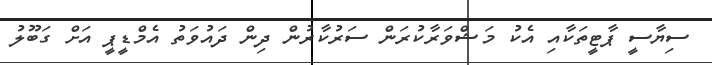
ސިޔާސީ ޕާޓީތަކާއި އެކު މަޝްވަރާކުރަން ސަރުކާރުން ދިން ދައުވަތު އެމްޑީޕީ އަށް ގަބޫލު